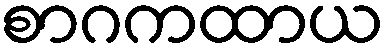
စာဂကထာယ